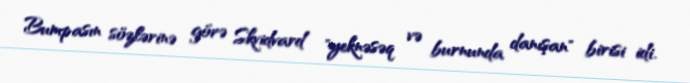
Bumpasın sözlərinə görə Skvidvard "yeknəsəq və burnunda danışan" birisi idi.